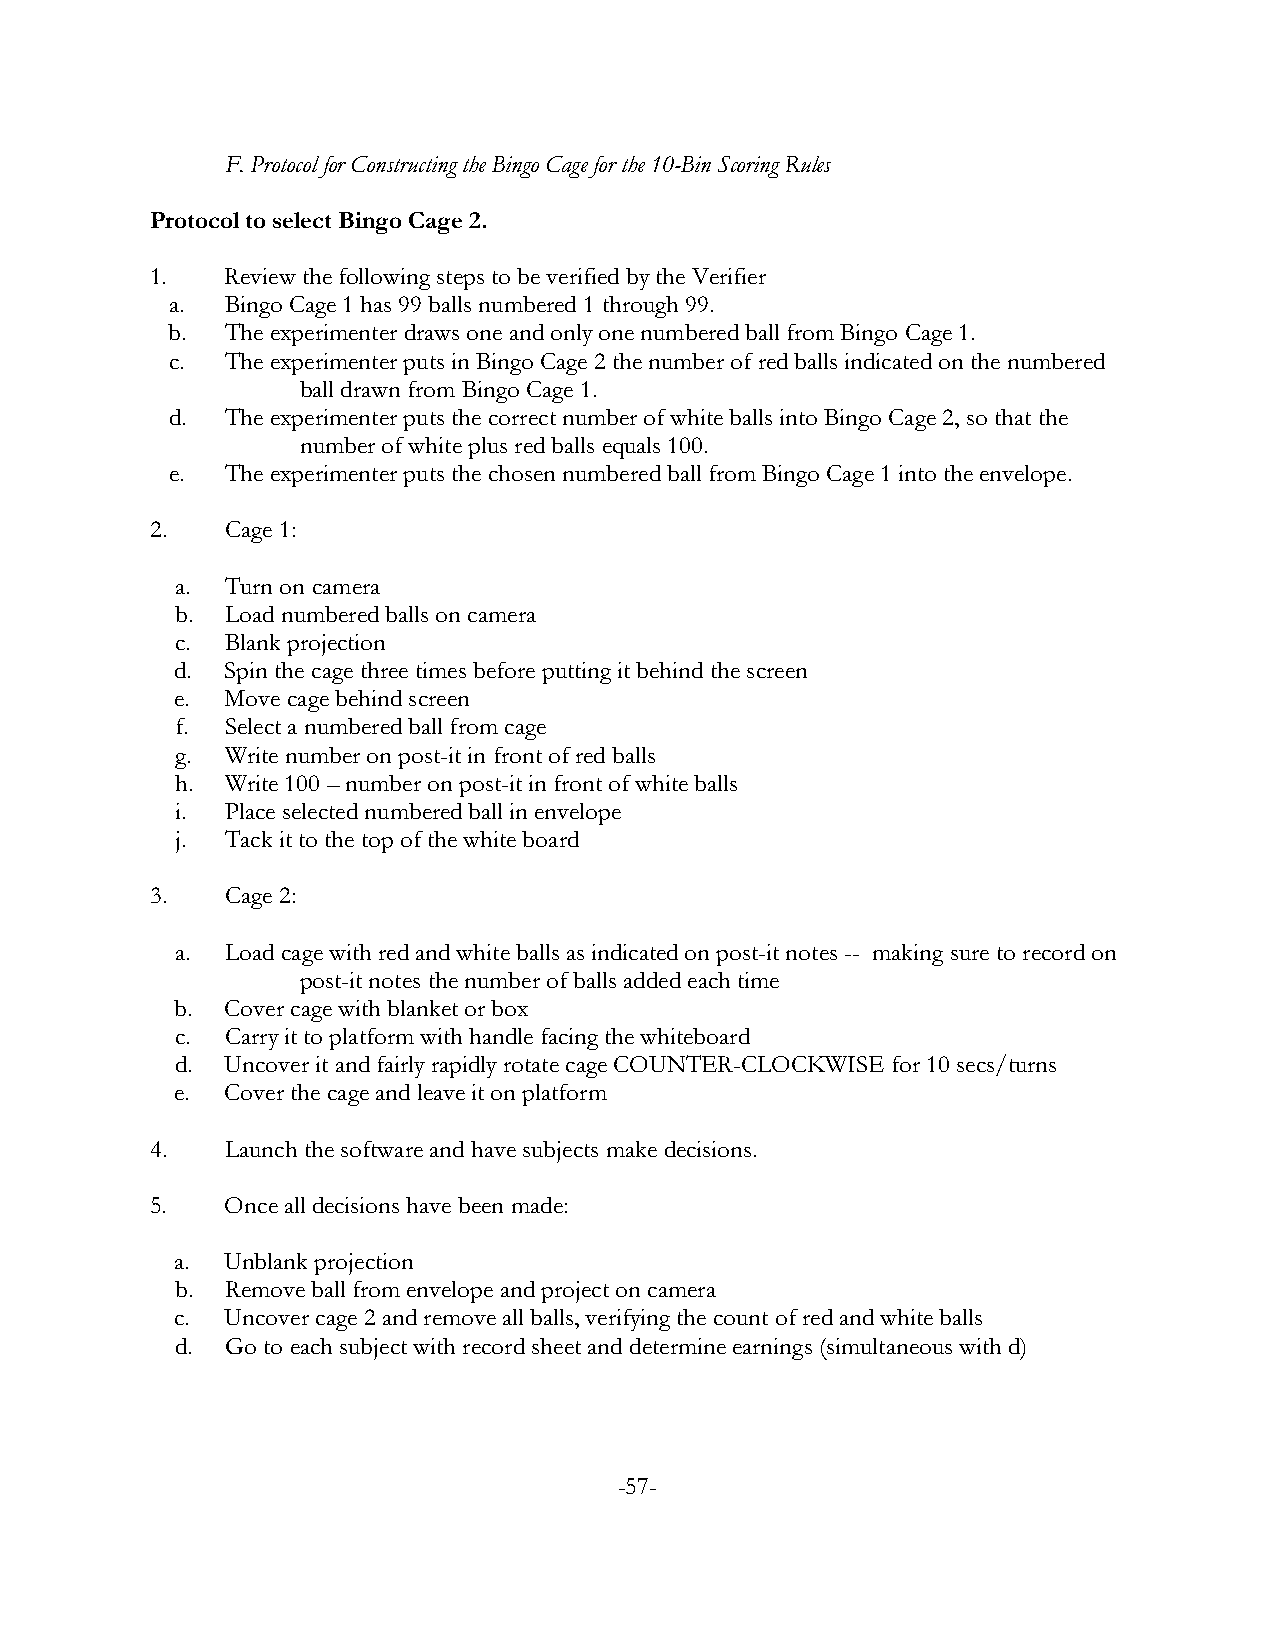
F. Protocol for Constructing the Bingo Cage for the 10-Bin Scoring Rules
 Protocol to select Bingo Cage 2.
 1.   Review the following steps to be verified by the Verifier
 a.  Bingo Cage 1 has 99 balls numbered 1 through 99.
 b.  The experimenter draws one and only one numbered ball from Bingo Cage 1.
 c.  The experimenter puts in Bingo Cage 2 the number of red balls indicated on the numbered
 ball drawn from Bingo Cage 1.
 d.  The experimenter puts the correct number of white balls into Bingo Cage 2, so that the
 number of white plus red balls equals 100.
 e.  The experimenter puts the chosen numbered ball from Bingo Cage 1 into the envelope.
 2.   Cage 1:
 a. Turn on camera
 b. Load numbered balls on camera
 c. Blank projection
 d. Spin the cage three times before putting it behind the screen
 e. Move cage behind screen
 f. Select a numbered ball from cage
 g. Write number on post-it in front of red balls
 h. Write 100 – number on post-it in front of white balls
 i. Place selected numbered ball in envelope
 j. Tack it to the top of the white board
 3.   Cage 2:
 a. Load cage with red and white balls as indicated on post-it notes -- making sure to record on
 post-it notes the number of balls added each time
 b. Cover cage with blanket or box
 c. Carry it to platform with handle facing the whiteboard
 d. Uncover it and fairly rapidly rotate cage COUNTER-CLOCKWISE for 10 secs/turns
 e. Cover the cage and leave it on platform
 4.   Launch the software and have subjects make decisions.
 5.   Once all decisions have been made:
 a. Unblank projection
 b. Remove ball from envelope and project on camera
 c. Uncover cage 2 and remove all balls, verifying the count of red and white balls
 d. Go to each subject with record sheet and determine earnings (simultaneous with d)
 -57-